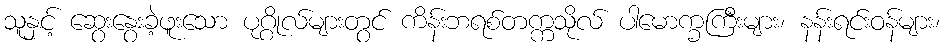
သူနှင့် ဆွေးနွေးခဲ့ဖူးသော ပုဂ္ဂိုလ်များတွင် ကိန်းဘရစ်တက္ကသိုလ် ပါမောက္ခကြီးများ၊ နန်းရင်းဝန်များ၊